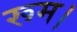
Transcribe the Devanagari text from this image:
रूम।